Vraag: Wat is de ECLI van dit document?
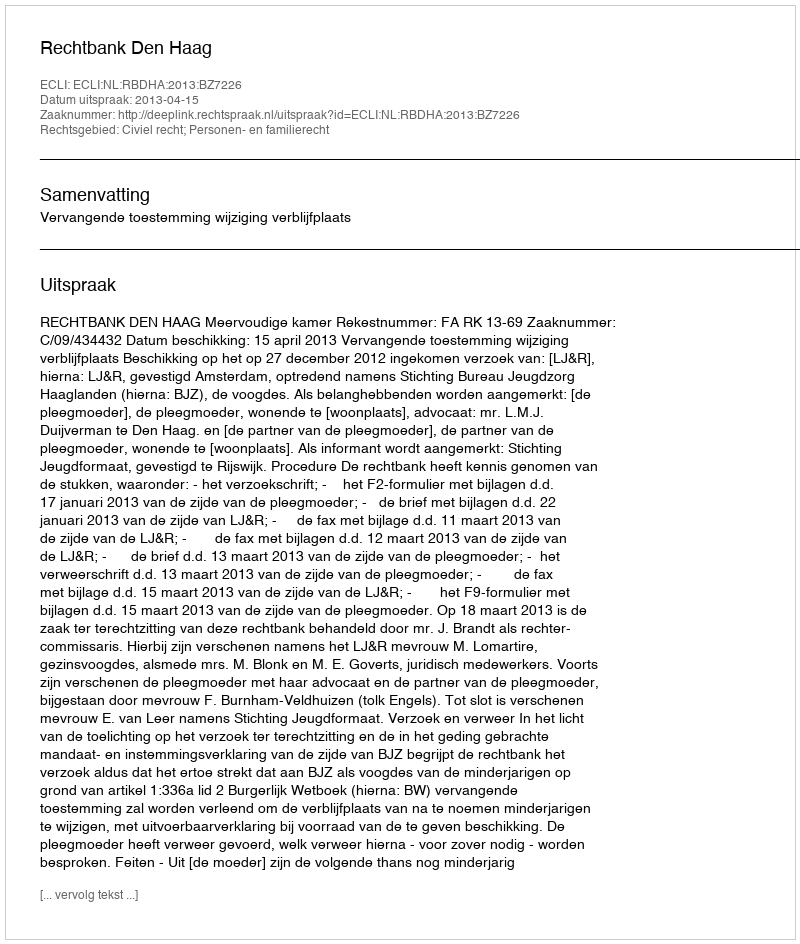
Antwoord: ECLI:NL:RBDHA:2013:BZ7226